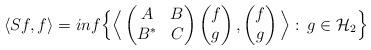
LaTeX: \begin{align*}\langle Sf,f \rangle = inf \Big\{\Big\langle \begin{pmatrix} A & B\\ B^* & C\end{pmatrix}\begin{pmatrix} f\\ g\end{pmatrix},\begin{pmatrix} f\\ g\end{pmatrix}\Big\rangle:\:g\in \mathcal{H}_2\Big\}\end{align*}